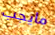
مايجب